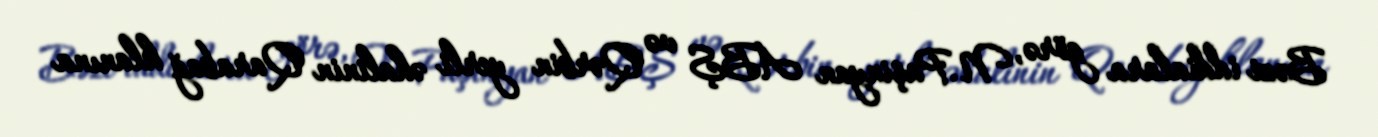
Bəzi iddialara görə, N.Paşinyan ABŞ və Qərbin yerli əhalinin Qarabağ klanına